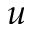
u